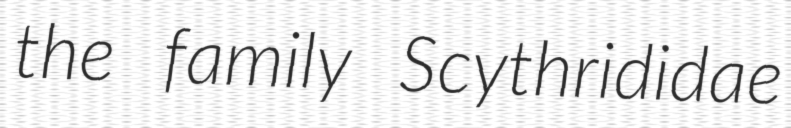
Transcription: the family Scythrididae